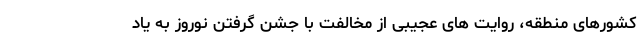
کشورهای منطقه، روایت ‌های عجیبی از مخالفت با جشن گرفتن نوروز به یاد